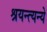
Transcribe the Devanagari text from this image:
श्रयन्त्यन्ये